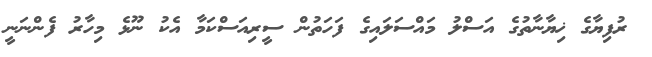
ރުފިޔާގެ ޚިޔާނާތުގެ އަސްލު މައްސަލައިގެ ފަހަތުން ސީރިއަސްކަމާ އެކު ނޫޅެ މިހާރު ފެންނަނީ